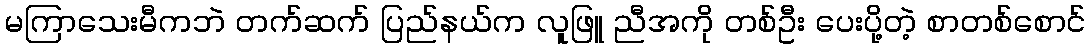
မကြာသေးမီကဘဲ တက်ဆက် ပြည်နယ်က လူဖြူ ညီအကို တစ်ဦး ပေးပို့တဲ့ စာတစ်စောင်